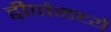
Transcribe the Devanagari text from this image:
द्वीपांमध्ये